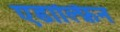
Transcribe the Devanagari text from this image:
एडाल्फ़िन